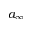
a _ { \infty }